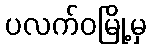
ပလက်ဝမြို့မှ